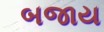
બજાય